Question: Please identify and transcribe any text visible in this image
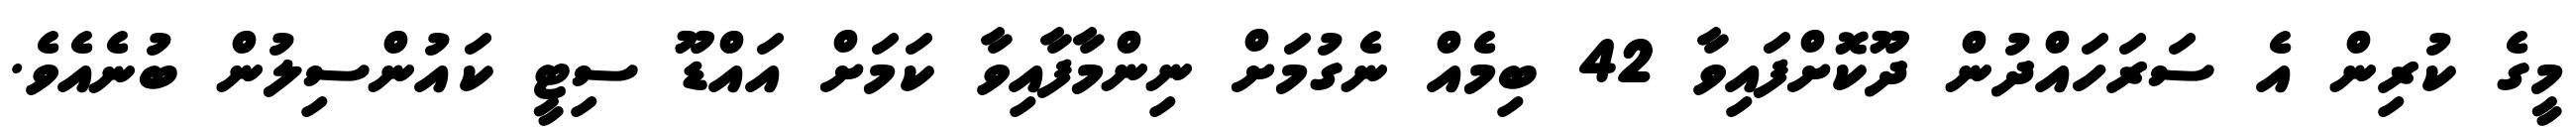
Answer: މީގެ ކުރިން އެ ސަރަހައްދުން ދޫކޮށްފައިވާ 42 ބިމެއް ނެގުމަށް ނިންމާފާއިވާ ކަމަށް އައްޑޫ ސިޓީ ކައުންސިލުން ބުނެއެވެ.